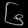
Digit: ၆